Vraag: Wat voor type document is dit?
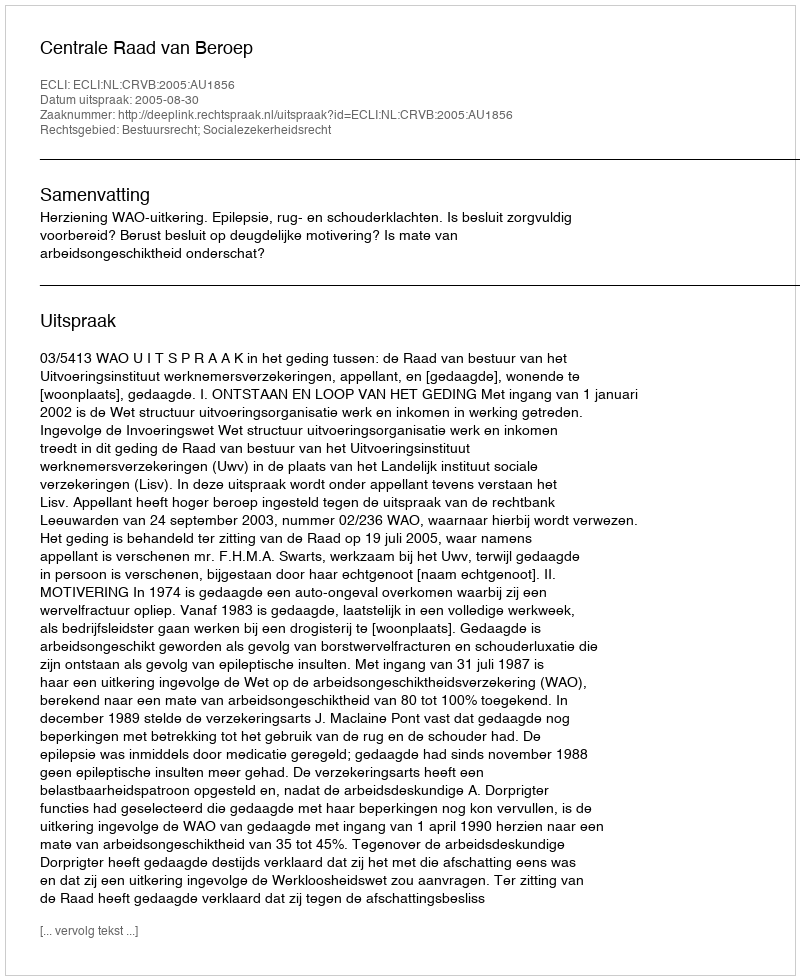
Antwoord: Uitspraak